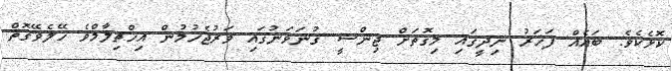
ކޮޅެކެވެ. ބައެއް ފަހަރު ނިދީގައި މިގޮތަށް ޖިންސީ ގުނަވަނުގައި ވަރުޖެހުމުން އިހްތިލާމްވެ ހޭލެވޭގޮތް